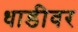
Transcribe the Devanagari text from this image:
धाडीवर